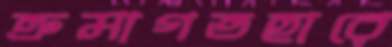
ক্রমাগতহারে